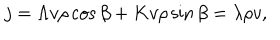
j = \Lambda v \rho \cos { \beta } + K v \rho \sin { \beta } = \lambda \rho v ,